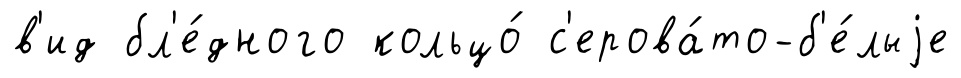
в'ид бл'е́дного кольцо́ с'ерова́то-б'е́лыjе